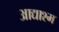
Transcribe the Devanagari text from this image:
आद्याश्म